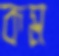
কম